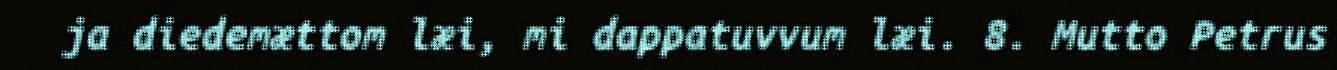
ja diedemættom læi, mi dappatuvvum læi. 8. Mutto Petrus